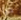
ديا